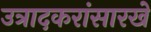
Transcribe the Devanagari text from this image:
उत्रादकरांसारखे